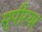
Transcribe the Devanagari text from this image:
सुपीरयर